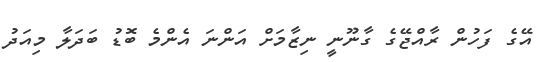
އޭގެ ފަހުން ރާއްޖޭގެ ގާނޫނީ ނިޒާމަށް އަންނަ އެންމެ ބޮޑު ބަދަލާ މިއަދު